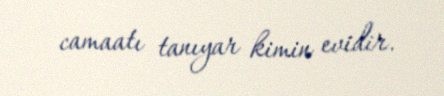
camaatı tanıyar kimin evidir.